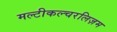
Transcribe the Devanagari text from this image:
मल्टीकल्चरलिज़म